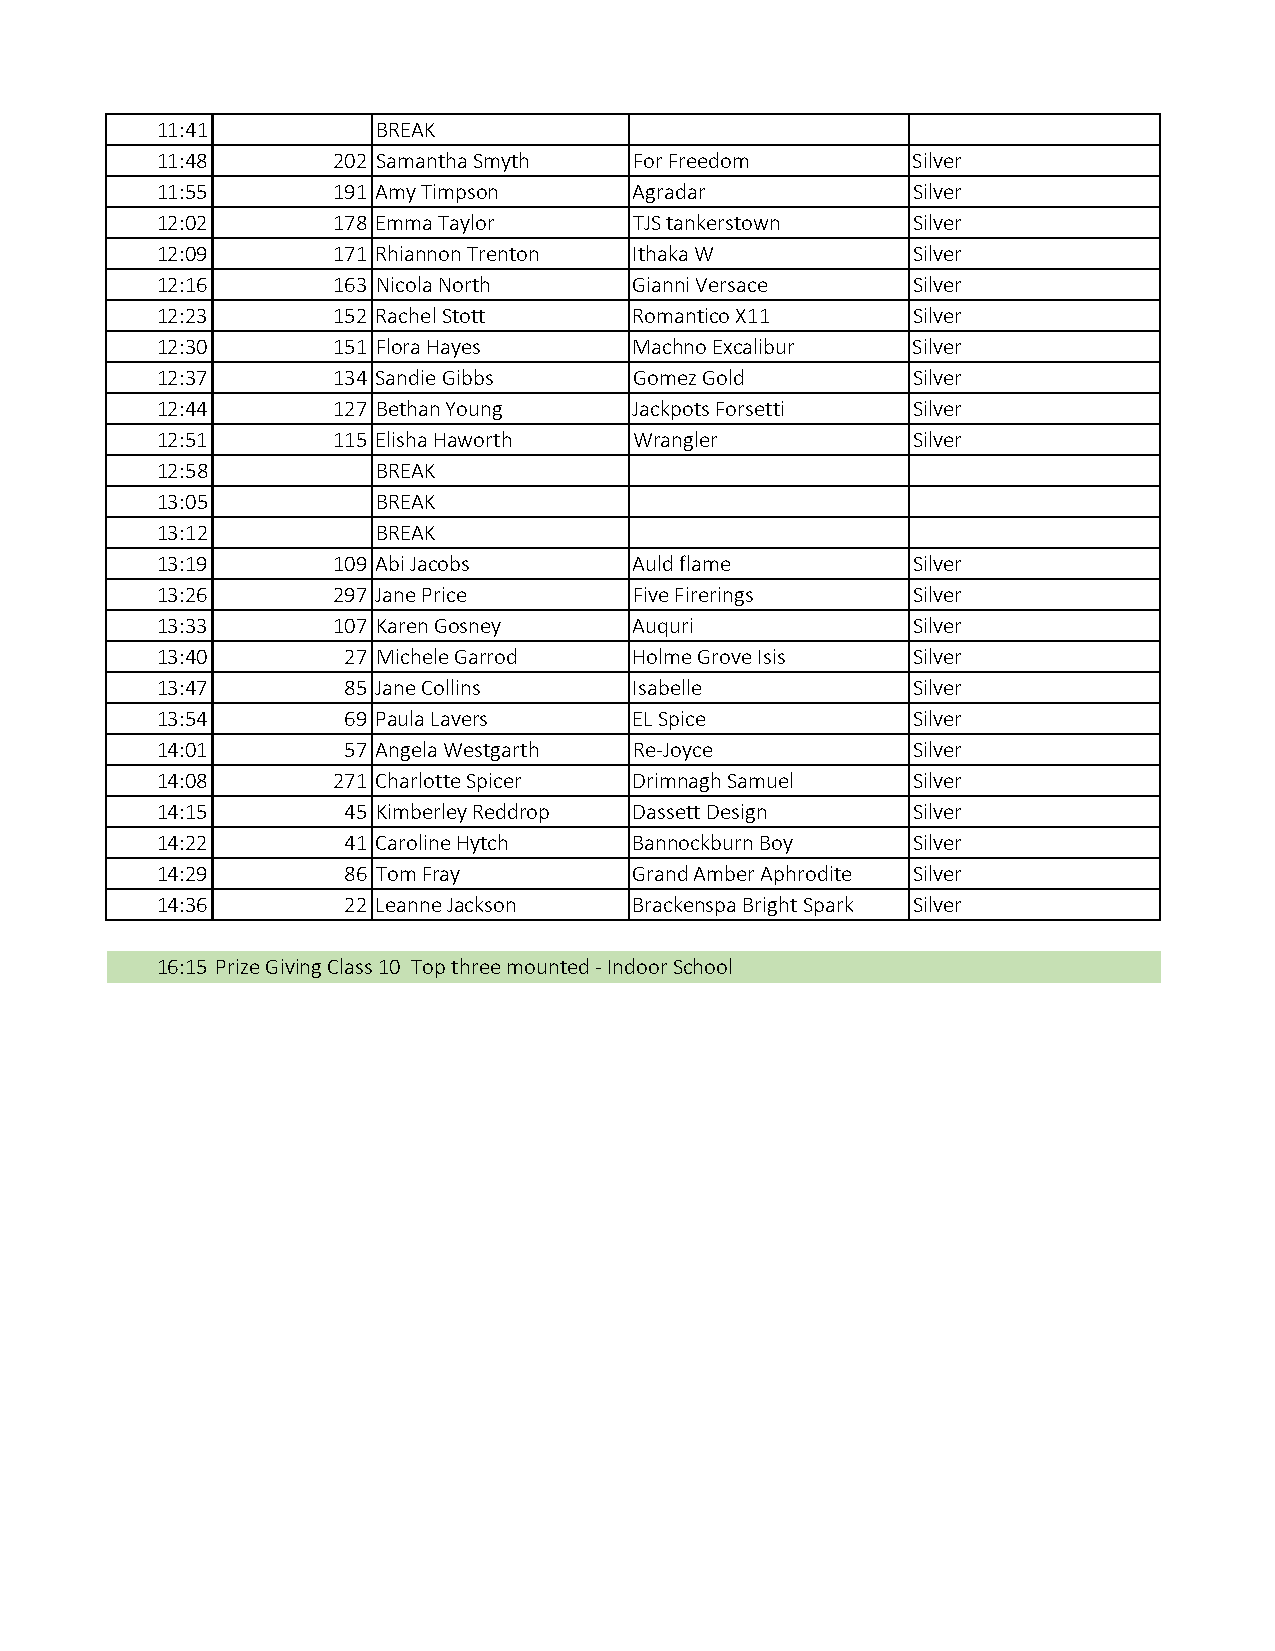
11:41          BREAK
 11:48       202 Samantha Smyth  For Freedom       Silver
 11:55       191 Amy Timpson     Agradar           Silver
 12:02       178 Emma Taylor     TJS tankerstown   Silver
 12:09       171 Rhiannon Trenton Ithaka W         Silver
 12:16       163 Nicola North    Gianni Versace    Silver
 12:23       152 Rachel Stott    Romantico X11     Silver
 12:30       151 Flora Hayes     Machno Excalibur  Silver
 12:37       134 Sandie Gibbs    Gomez Gold        Silver
 12:44       127 Bethan Young    Jackpots Forsetti Silver
 12:51       115 Elisha Haworth  Wrangler          Silver
 12:58          BREAK
 13:05          BREAK
 13:12          BREAK
 13:19       109 Abi Jacobs      Auld flame        Silver
 13:26       297 Jane Price      Five Firerings    Silver
 13:33       107 Karen Gosney    Auquri            Silver
 13:40        27 Michele Garrod  Holme Grove Isis  Silver
 13:47        85 Jane Collins    Isabelle          Silver
 13:54        69 Paula Lavers    EL Spice          Silver
 14:01        57 Angela Westgarth Re-Joyce         Silver
 14:08       271 Charlotte Spicer Drimnagh Samuel  Silver
 14:15        45 Kimberley Reddrop Dassett Design  Silver
 14:22        41 Caroline Hytch  Bannockburn Boy   Silver
 14:29        86 Tom Fray        Grand Amber Aphrodite Silver
 14:36        22 Leanne Jackson  Brackenspa Bright Spark Silver
 16:15 Prize Giving Class 10 Top three mounted - Indoor School